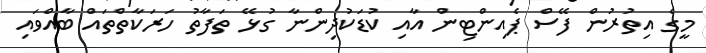
މީގެ އިތުރުން ފޭސް ޕެއިންޓިން އާއި ކުޑަކުދިންނާ ގުޅޭ ތަފާތު ހަރަކާތްތައް ބާއްވައި